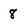
Character: 8